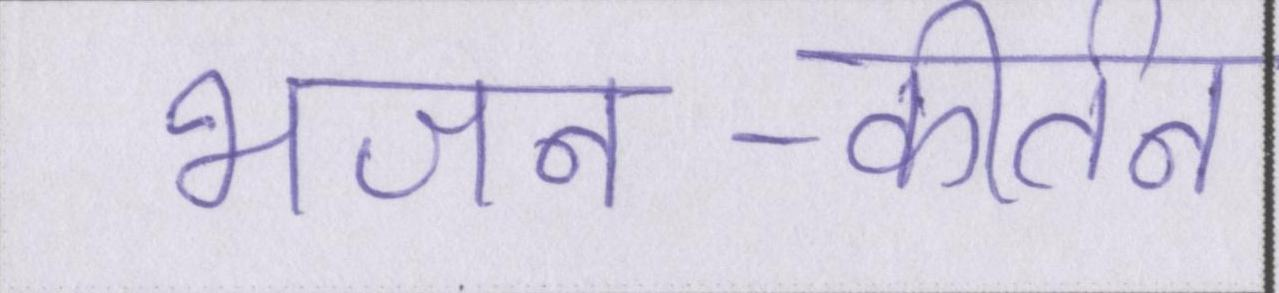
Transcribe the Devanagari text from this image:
भजन-कीर्तन